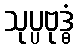
သုပ္ပဗုဒ္ဓံ